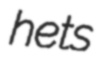
hets